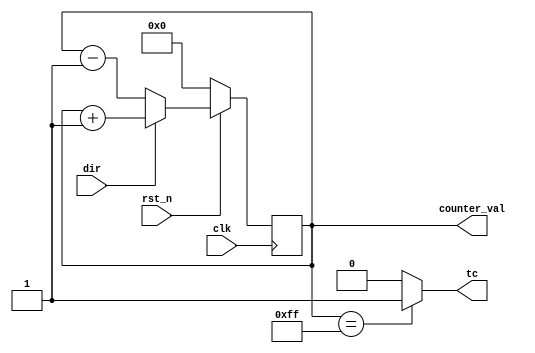
// This program was cloned from: https://github.com/sinkswim/veriloglib
// License: MIT License

module updown_counter
#(parameter WIDTH = 8)
(
    input clk,
    input rst_n,
    input dir,  // 1 count up, 0 count down
    output tc,  // terminal count
    output reg [WIDTH-1:0] counter_val
);

    assign tc = (counter_val == {WIDTH{1'b1}}) ? 1 : 0;

    always @(posedge clk)
    begin
        if(!rst_n)
            counter_val <= 0;
        else begin
            if(dir)
                counter_val <= counter_val + 1;
            else
                counter_val <= counter_val - 1;
        end
    end

endmodule